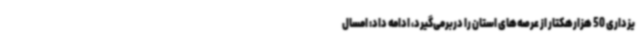
یزداری 50 هزارهکتار از عرصه‌های استان را دربرمی‌گیرد، ادامه داد: امسال